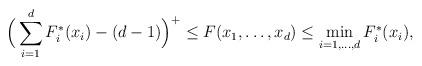
LaTeX: \begin{align*}\Big(\sum_{i=1}^d F^\ast_i(x_i) - (d-1)\Big)^+ \leq F(x_1,\dots,x_d) \leq \min_{i=1,\dots,d} F^\ast_i(x_i), \end{align*}